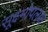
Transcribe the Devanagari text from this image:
सूक्ष्मोपलब्ध